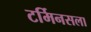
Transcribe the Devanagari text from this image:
टर्मिनसला